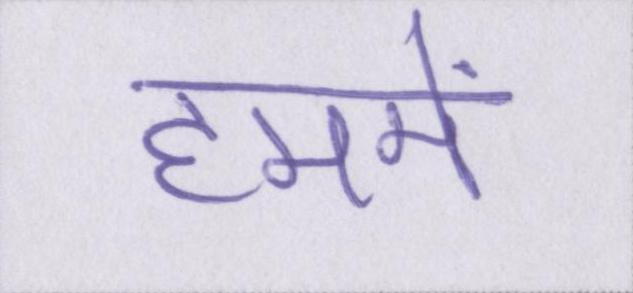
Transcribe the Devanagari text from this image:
हममें